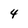
Character: 4